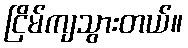
ငြိမ်ကျသွားတယ်။